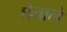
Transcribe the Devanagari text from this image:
घेताले